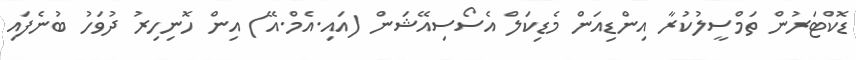
ޑޮކްޓަރުން ތަމްސީލުކުރާ އިންޑިއަން މެޑިކަލް އެސޯސިއޭޝަން (އައި.އެމް.އޭ) އިން ހޮނިހިރު ދުވަހު ބުނެފައި